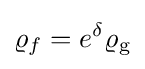
\varrho _{f}=e^{\delta }\varrho _{\text{g}}